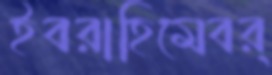
ইবরাহিমেবর্